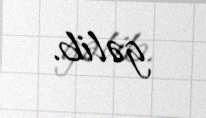
gəlib.